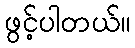
ဖွင့်ပါတယ်။